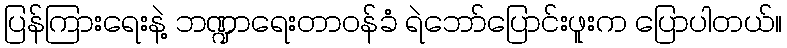
ပြန်ကြားရေးနဲ့ ဘဏ္ဍာရေးတာဝန်ခံ ရဲဘော်ပြောင်းဖူးက ပြောပါတယ်။